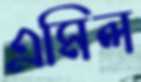
এমিল